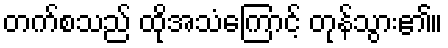
တက်စသည် ထိုအသံကြောင့် တုန်သွား၏။